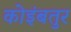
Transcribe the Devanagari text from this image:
कोइंबतुर